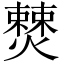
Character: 𭶚